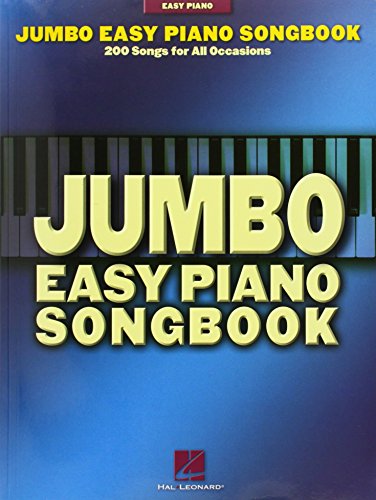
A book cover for Jumbo Easy Piano Songbook: 200 Songs for All Occasions; Humor & Entertainment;